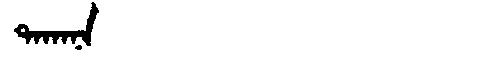
Manchu: ᡨᠠᡴᠠᠨᠠ
Romanization: TAKANA